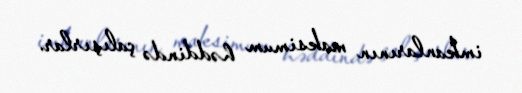
imkanlarının maksimum həddində çalışırlar.